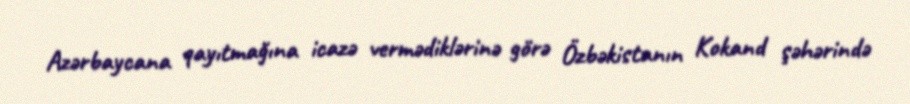
Azərbaycana qayıtmağına icazə vermədiklərinə görə Özbəkistanın Kokand şəhərində